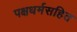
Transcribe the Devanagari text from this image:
पक्षधर्मसहित